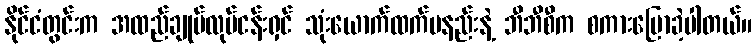
နိုင်ငံတွင်းက အထည်ချုပ်လုပ်ငန်းရှင် သုံးယောက်ထက်မနည်းနဲ့ ဘီဘီစီက စကားပြောခဲ့ပါတယ်။